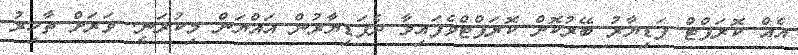
އެއް ކޮރަޕްޓް ފަޑިޔާރު ބޭރުކޮށް ކޮރަޕްޓްވެފައިވާ ދެފަޑިޔާރުން އައްޔަން މިކުރަނީ. ވަރަށް ތާހިރު